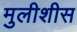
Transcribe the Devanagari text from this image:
मुलीशीस